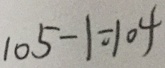
1 0 5 - 1 = 1 0 4